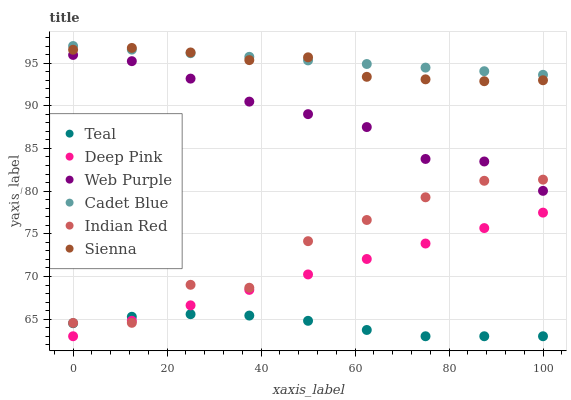
| xaxis_label | Teal | Deep Pink | Web Purple | Cadet Blue | Indian Red | Sienna |
 | --- | --- | --- | --- | --- | --- | --- |
 | 0 | 64.5 | 63 | 96 | 97 | 64.6 | 96.6 |
 | 12.5 | 65.3 | 64.8 | 95.2 | 96.6 | 64.6 | 96.8 |
 | 25 | 65.6 | 66.6 | 93.2 | 96.2 | 69 | 96.2 |
 | 37.5 | 65.4 | 68.4 | 90.5 | 95.7 | 68.7 | 95.3 |
 | 50 | 64.8 | 70.2 | 89 | 95.3 | 74.1 | 95.7 |
 | 62.5 | 63.7 | 72.1 | 87.5 | 94.9 | 76.6 | 93.4 |
 | 75 | 63 | 73.9 | 83.8 | 94.5 | 79.3 | 93.1 |
 | 87.5 | 63 | 75.7 | 83.5 | 94 | 81.2 | 92.9 |
 | 100 | 63 | 77.5 | 80 | 93.6 | 81.3 | 93 |